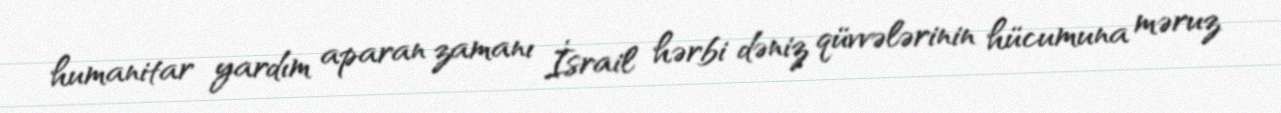
humanitar yardım aparan zamanı İsrail hərbi dəniz qüvvələrinin hücumuna məruz